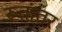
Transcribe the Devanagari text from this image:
रूतांतर